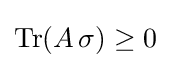
\operatorname {Tr} (A\,\sigma )\geq 0